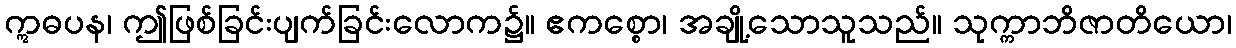
ဣဓပန၊ ဤဖြစ်ခြင်းပျက်ခြင်းလောက၌။ ဧကစ္စော၊ အချို့သောသူသည်။ သုက္ကာဘိဇာတိယော၊